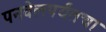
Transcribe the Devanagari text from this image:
पनवेलपर्यंतचा